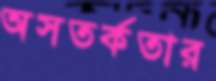
অসতর্কতার